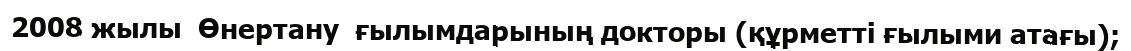
2008 жылы  Өнертану  ғылымдарының докторы (құрметті ғылыми атағы);